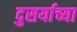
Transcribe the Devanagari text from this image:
दुसर्याच्या